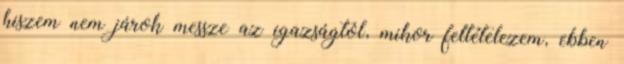
hiszem nem járok messze az igazságtól, mikor feltételezem, ebben